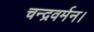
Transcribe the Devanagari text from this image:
चन्द्रवर्मन।